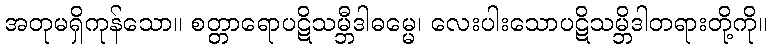
အတုမရှိကုန်သော။ စတ္တာရောပဋိသမ္ဘီဒါဓမ္မေ၊ လေးပါးသောပဋိသမ္ဘိဒါတရားတို့ကို။